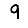
Digit: 9